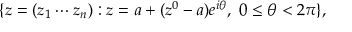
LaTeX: \{ z = ( z _ { 1 } \cdots z _ { n } ) : z = a + ( z ^ { 0 } - a ) e ^ { i \theta } , \ 0 \leq \theta < 2 \pi \} ,